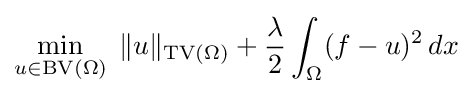
\min _{u\in \operatorname {BV} (\Omega )}\;\|u\|_{\operatorname {TV} (\Omega )}+{\lambda  \over 2}\int _{\Omega }(f-u)^{2}\,dx